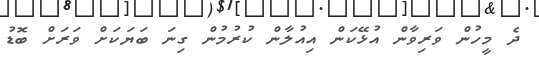
ދެ މީހުން ވަރިވާން އުޅޭކަން އިއުލާން ކުރުމުން ގިނަ ބަޔަކަށް ވަރަށް ބޮޑު